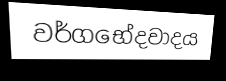
වර්ගභේදවාදය